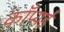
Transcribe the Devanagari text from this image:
काँप्यई